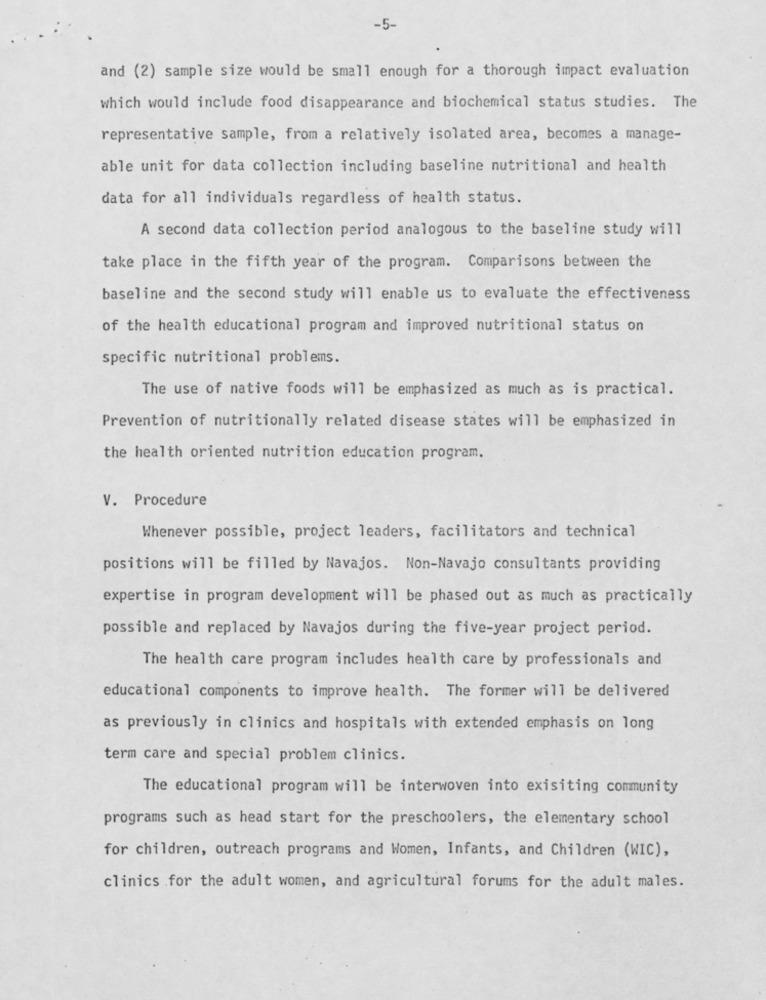
-5-
and (2) sample size would be small enough for a thorough impact evaluation
which would include food disappearance and biochemical status studies. The
representative sample, from a relatively isolated area, becomes a manage-
able unit for data collection including baseline nutritional and health
data for all individuals regardless of health status.
A second data collection period analogous to the baseline study will
take place in the fifth year of the program. Comparisons between the
baseline and the second study will enable us to evaluate the effectiveness
of the health educational program and improved nutritional status on
specific nutritional problems.
The use of native foods will be emphasized as much as is practical.
Prevention of nutritionally related disease states will be emphasized in
the health oriented nutrition education program.
V. Procedure
Whenever possible, project leaders, facilitators and technical
positions will be filled by Navajos. Non-Navajo consultants providing
expertise in program development will be phased out as much as practically
possible and replaced by Navajos during the five-year project period.
The health care program includes health care by professionals and
educational components to improve health. The former will be delivered
as previously in clinics and hospitals with extended emphasis on long
term care and special problem clinics.
The educational program will be interwoven into exisiting community
programs such as head start for the preschoolers, the elementary school
for children, outreach programs and Women, Infants, and Children (WIC),
clinics for the adult women, and agricultural forums for the adult males.